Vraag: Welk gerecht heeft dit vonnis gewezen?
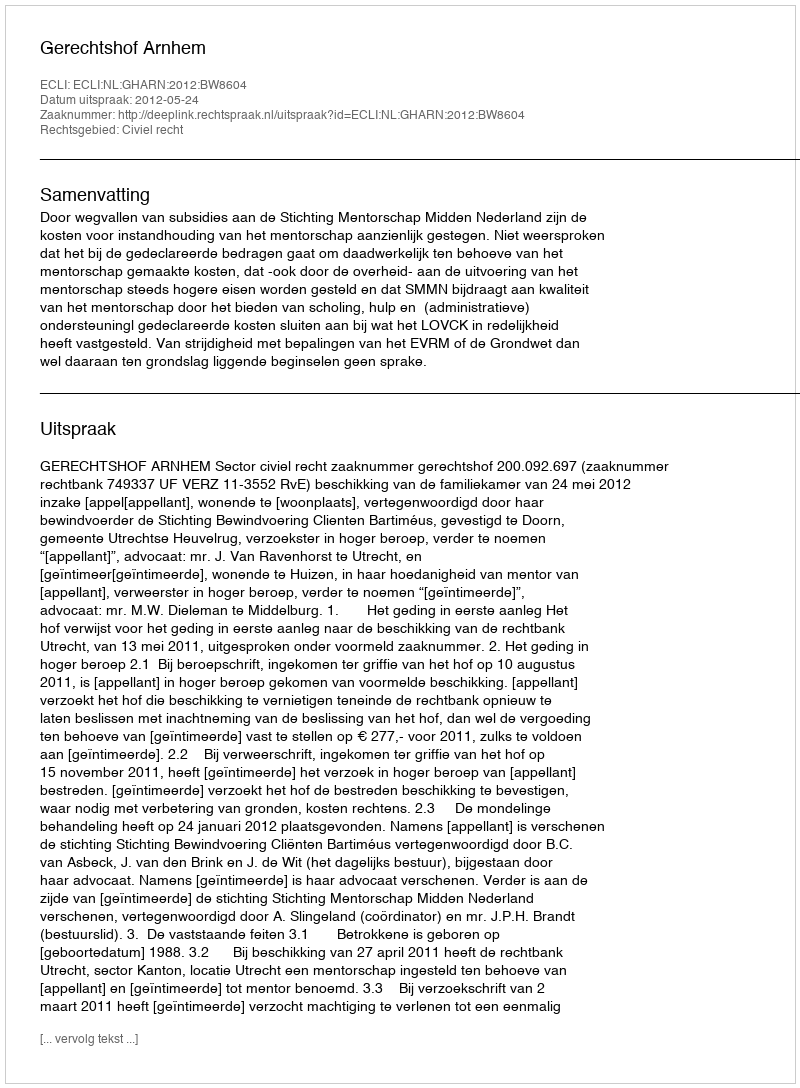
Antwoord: Gerechtshof Arnhem